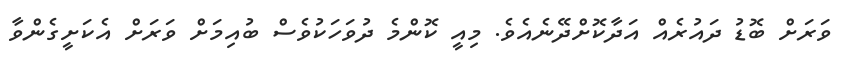
ވަރަށް ބޮޑު ދައުރެއް އަދާކޮށްދޭނެއެވެ. މިއީ ކޮންމެ ދުވަހަކުވެސް ބުއިމަށް ވަރަށް އެކަށީގެންވާ